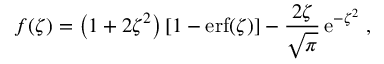
f ( \zeta ) = \left( 1 + 2 \zeta ^ { 2 } \right) [ 1 - \mathrm { e r f } ( \zeta ) ] - \frac { 2 \zeta } { \sqrt { \pi } } \, \mathrm { e } ^ { - \zeta ^ { 2 } } \; ,